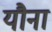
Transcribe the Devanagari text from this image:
यौना